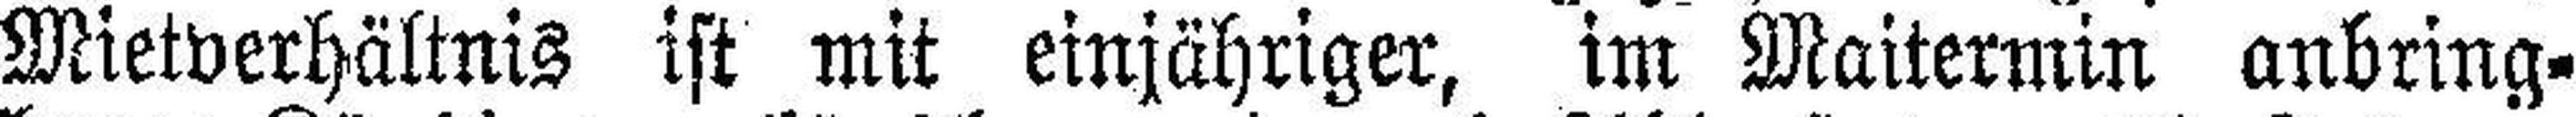
Mietverhältnis ist mit einjähriger, im Maitermin anbring¬